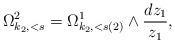
LaTeX: \begin{align*} \Omega^2_{k_2,<s} = \Omega^1_{k_2,<s(2)}\wedge \frac{dz_1}{z_1},\end{align*}